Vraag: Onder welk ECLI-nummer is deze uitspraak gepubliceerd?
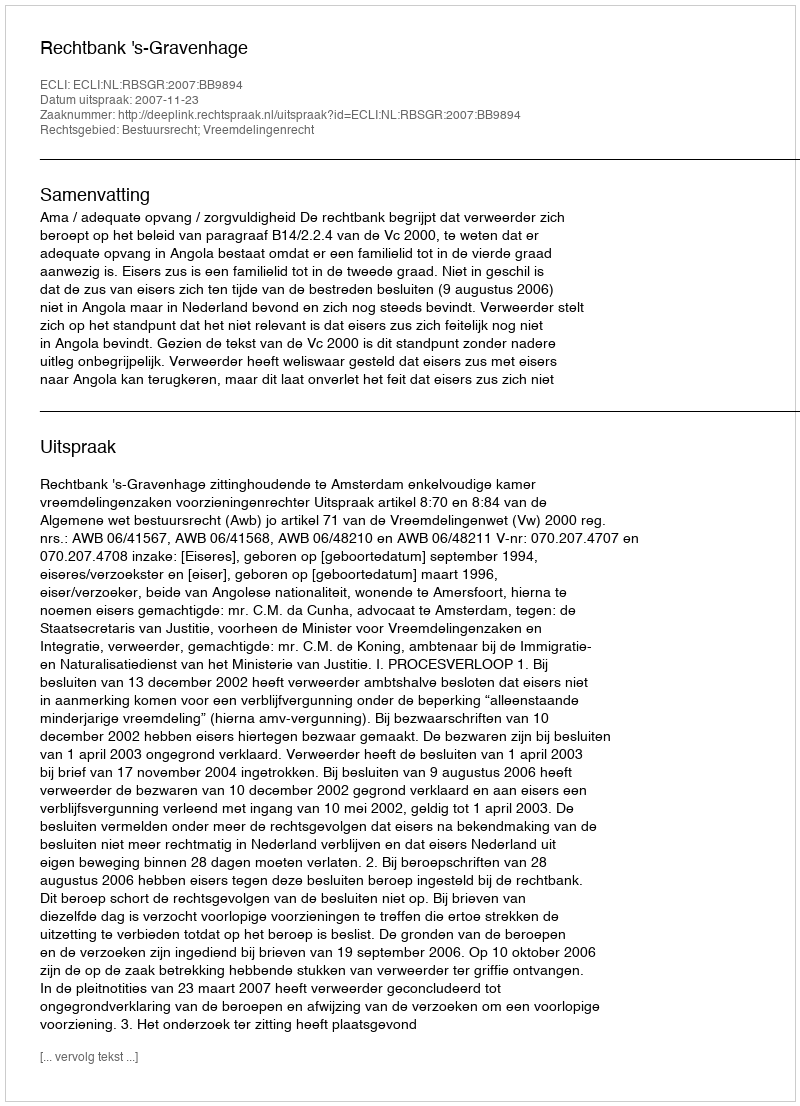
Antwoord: ECLI:NL:RBSGR:2007:BB9894